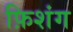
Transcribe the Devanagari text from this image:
फ़िशंग